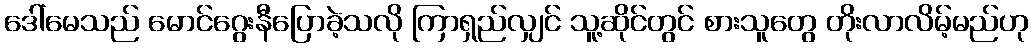
ဒေါ်မေသည် မောင်ဂွေးနီပြောခဲ့သလို ကြာရှည်လျှင် သူ့ဆိုင်တွင် စားသူတွေ တိုးလာလိမ့်မည်ဟု